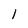
Character: l